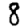
Digit: 8